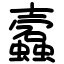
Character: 蠧